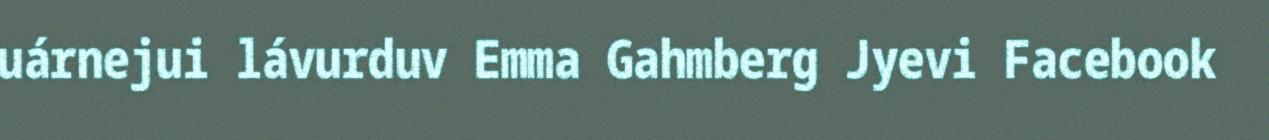
uárnejui lávurduv Emma Gahmberg Jyevi Facebook